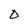
Character: O